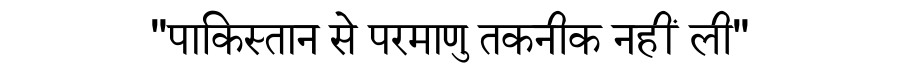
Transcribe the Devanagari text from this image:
"पाकिस्तान से परमाणु तकनीक नहीं ली"